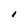
Character: I